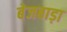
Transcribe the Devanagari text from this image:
बेजबाड़ा